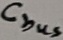
Text: Cbus